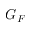
G _ { F }